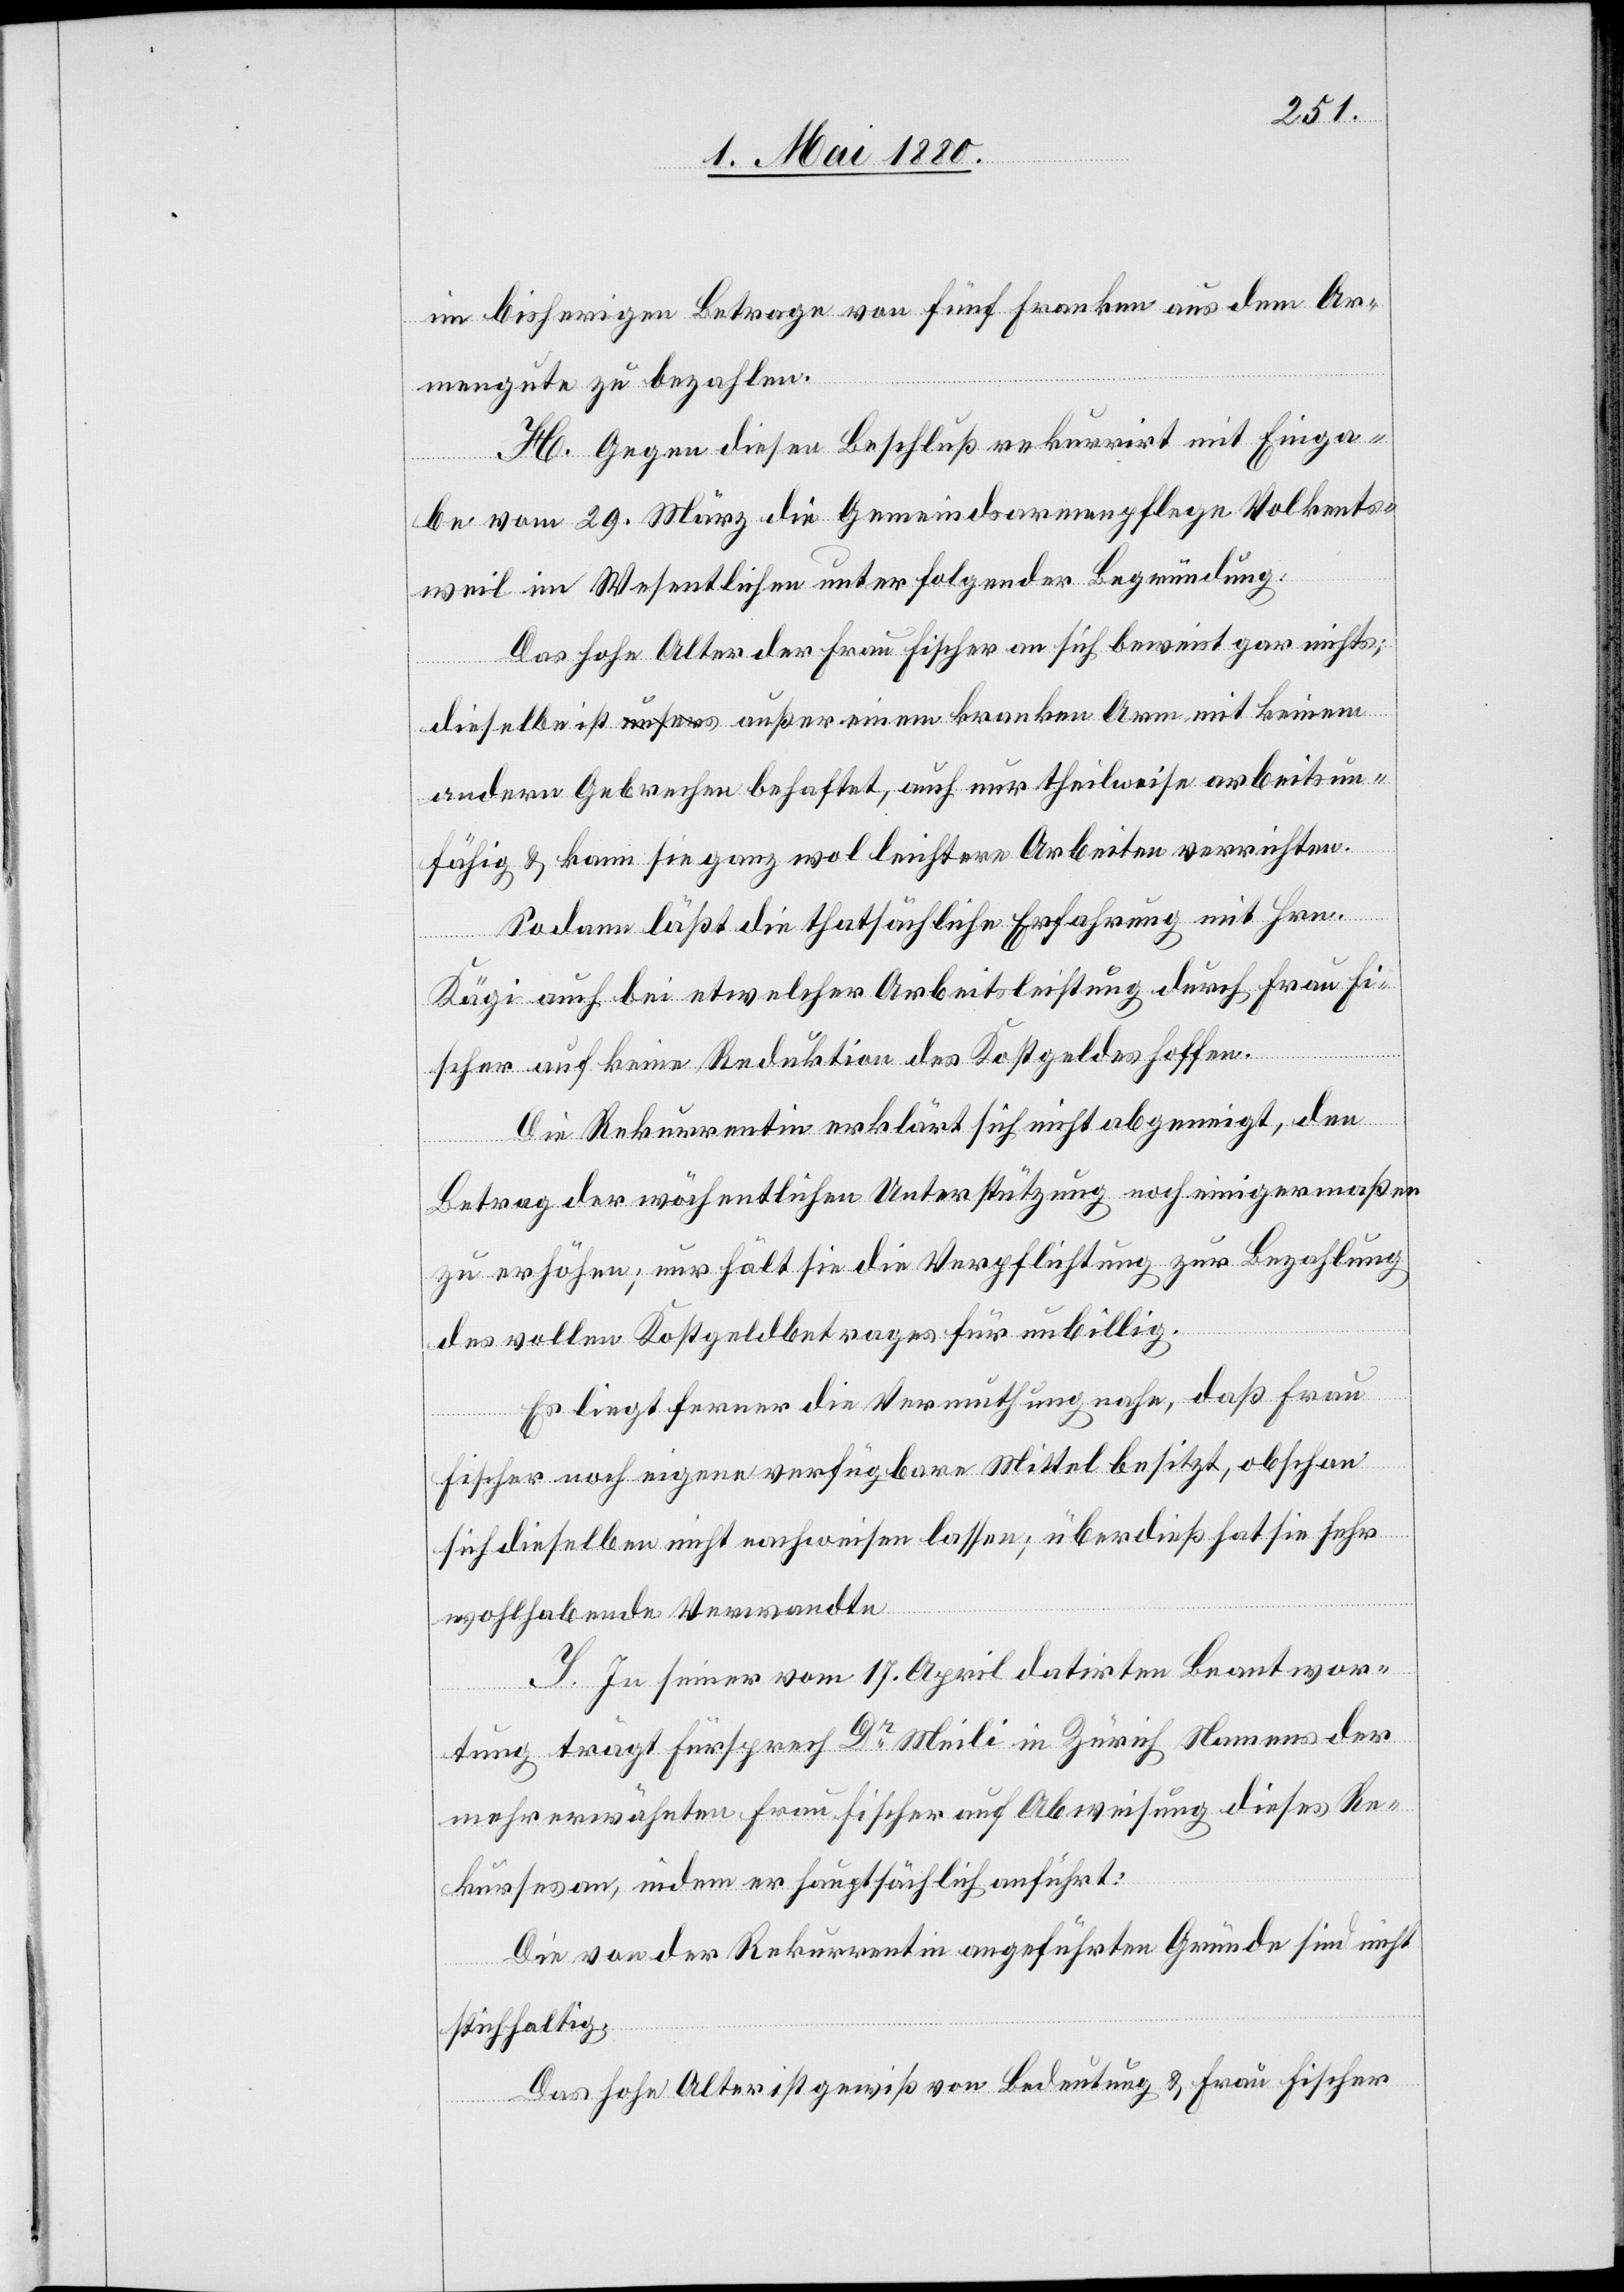
im bisherigen Betrage von fünf Franken aus dem Ar¬
mengute zu bezahlen.
H. Gegen diesen Beschluß rekurrirt mit Einga¬
be vom 29. März die Gemeindsarmenpflege Volkents¬
weil im Wesentlichen unter folgender Begründung:
Das hohe Alter der Frau Fischer an sich beweist gar nichts;
dieselbe ist außer einem kranken Arm mit keinem
andern Gebrechen behaftet, auch nur theilweise arbeitsun¬
fähig & kann sie ganz wol leichtere Arbeiten verrichten.
Sodann läßt die thatsächliche Erfahrung mit Hrn.
Kägi auch bei etwelcher Arbeitsleistung durch Frau Fi¬
scher auf keine Reduktion des Kostgeldes hoffen.
Die Rekurrentin erklärt sich nicht abgeneigt, den
Betrag der wöchentlichen Unterstützung noch einigermaßen
zu erhöhen; nur hält sie die Verpflichtung zur Bezahlung
des vollen Kostgeldes für unbillig.
Es liegt ferner die Vermuthung nahe, daß Frau
Fischer noch eigene verfügbare Mittel besitzt, obschon
sich dieselben nicht nachweisen lassen; überdieß hat sie sehr
wohlhabende Verwandte.
I. In seiner vom 17. April datirten Beantwor¬
tung trägt Fürsprech Dr Meili in Zürich Namens der
mehrerwähnten Frau Fischer auf Abweisung dieses Re¬
kurses an, indem er hauptsächlich anführt:
Die von der Rekurrentin angeführten Gründe sind nicht
stichhaltig:
Das hohe Alter ist gewiß von Bedeutung & Frau Fischer